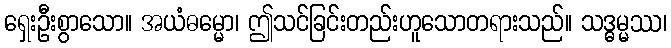
ရှေးဦးစွာသော။ အယံဓမ္မော၊ ဤသင်ခြင်းတည်းဟူသောတရားသည်။ သဒ္ဓမ္မဿ၊